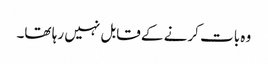
وہ بات کرنے کے قابل نہیں رہا تھا۔